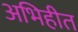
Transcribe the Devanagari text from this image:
अभिहीत